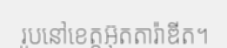
រូបនៅខេត្តអ៊ុតតារ៉ាឌីត។